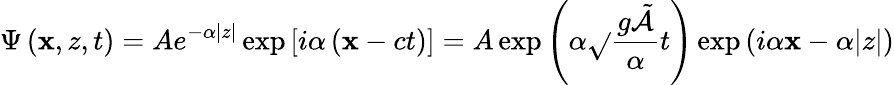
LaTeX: \Psi\left(\mathbf{x},z,t\right)=Ae^{-\alpha|z|}\exp\left[i\alpha\left(\mathbf{x}-ct\right)\right]=A\exp\left(\alpha{\sqrt{}{{\frac{{g{\tilde{{\mathcal{{A}}}}}}}{{\alpha}}}}}t\right)\exp\left(i\alpha\mathbf{x}-\alpha|z|\right)